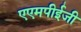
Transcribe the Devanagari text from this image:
एएमपीईजी